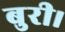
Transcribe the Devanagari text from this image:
बुरी।